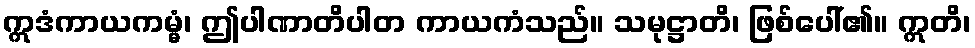
ဣဒံကာယကမ္မံ၊ ဤပါဏာတိပါတ ကာယကံသည်။ သမုဋ္ဌာတိ၊ ဖြစ်ပေါ်၏။ ဣတိ၊